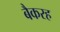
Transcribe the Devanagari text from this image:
बैकरह